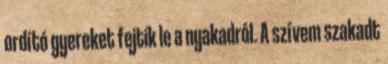
ordító gyereket fejtik le a nyakadról. A szívem szakadt